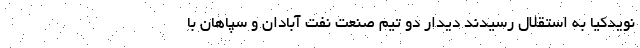
نویدکیا به استقلال رسیدند دیدار دو تیم صنعت نفت آبادان و سپاهان با